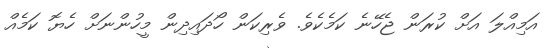
އަމިއްލަ އަށް ކުރަން ޖެހޭނެ ކަމެކެވެ. ވެރިކަން ހޯދައިދިން މީހުންނަށް ހެޔޮ ކަމެއް